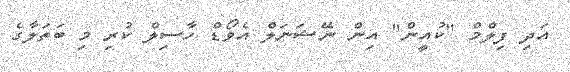
އަދި ފިލްމް "ކުއީން" އިން ނޭޝަނަލް އެވޯޑް ހާސިލް ކުރި މި ބަތަލާގެ